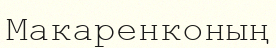
Макаренконың